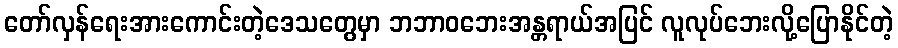
တော်လှန်ရေးအားကောင်းတဲ့ဒေသတွေမှာ ဘဘာဝဘေးအန္တရာယ်အပြင် လူလုပ်ဘေးလို့ပြောနိုင်တဲ့